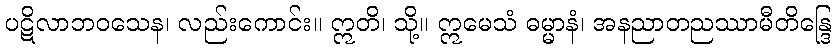
ပဋိလာဘဝသေန၊ လည်းကောင်း။ ဣတိ၊ သို့။ ဣမေသံ ဓမ္မာနံ၊ အနညာတညဿာမီတိန္ဒြေ